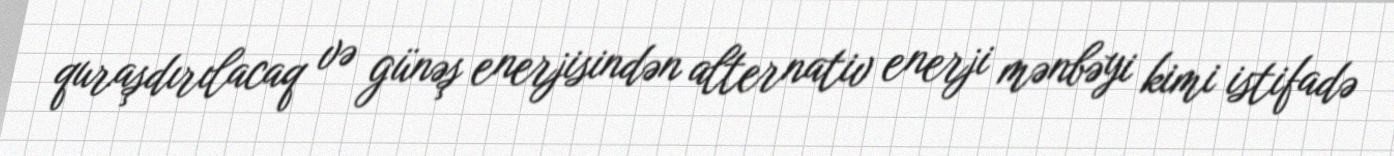
quraşdırılacaq və günəş enerjisindən alternativ enerji mənbəyi kimi istifadə